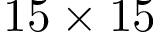
1 5 \times 1 5